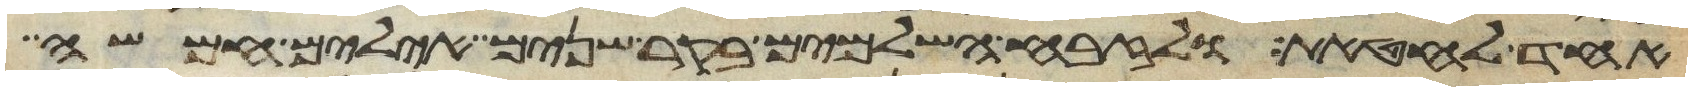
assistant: אחד לחטאת ולזבח השלמים בקר שנים אילים חמשה